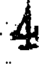
4